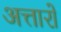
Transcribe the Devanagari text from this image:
अत्तारों